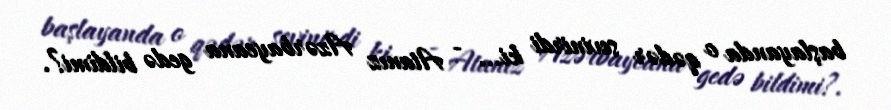
başlayanda o qədər sevinirdi ki... - Atanız Azərbaycana gedə bildimi?.